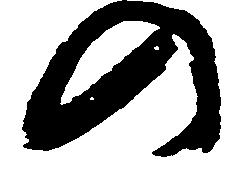
の